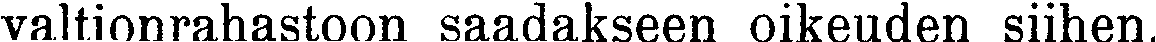
valtionrahastoon saadakseen oikeuden siihen.